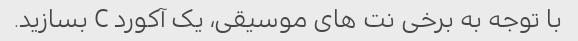
با توجه به برخی نت های موسیقی، یک آکورد C بسازید.